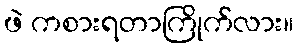
ဖဲ ကစားရတာကြိုက်လား။